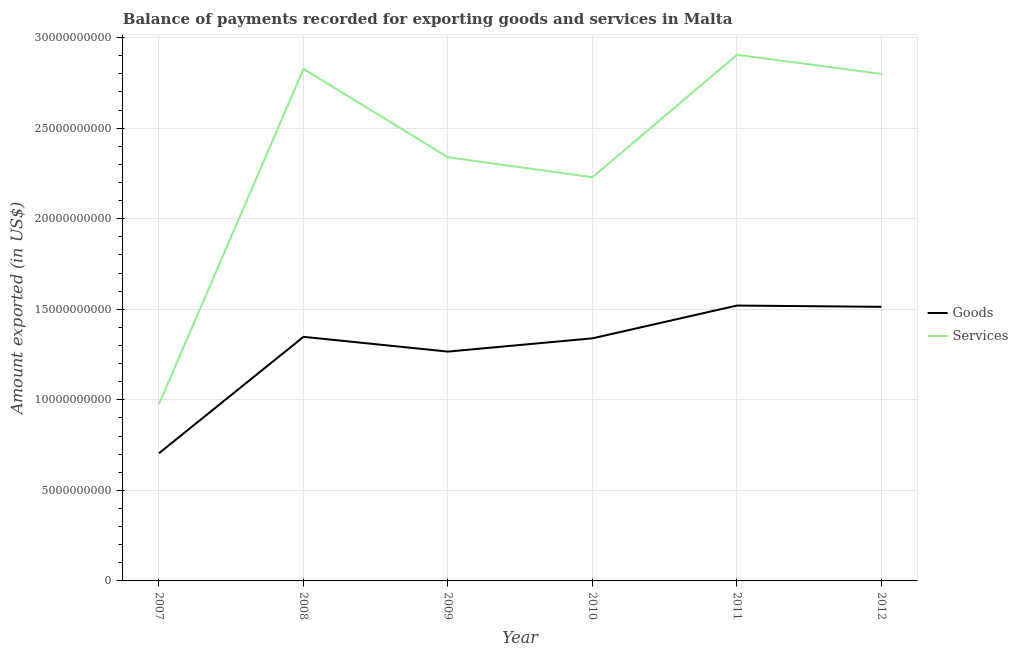
| Year | Goods | Services |
 | --- | --- | --- |
 | 2007 | 7.05e+09 | 9.76e+09 |
 | 2008 | 1.35e+10 | 2.83e+10 |
 | 2009 | 1.27e+10 | 2.34e+10 |
 | 2010 | 1.34e+10 | 2.23e+10 |
 | 2011 | 1.52e+10 | 2.91e+10 |
 | 2012 | 1.51e+10 | 2.8e+10 |